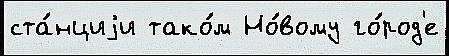
ста́нциjи тако́м Но́вому го́род'е